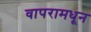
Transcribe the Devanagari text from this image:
वापरामधून